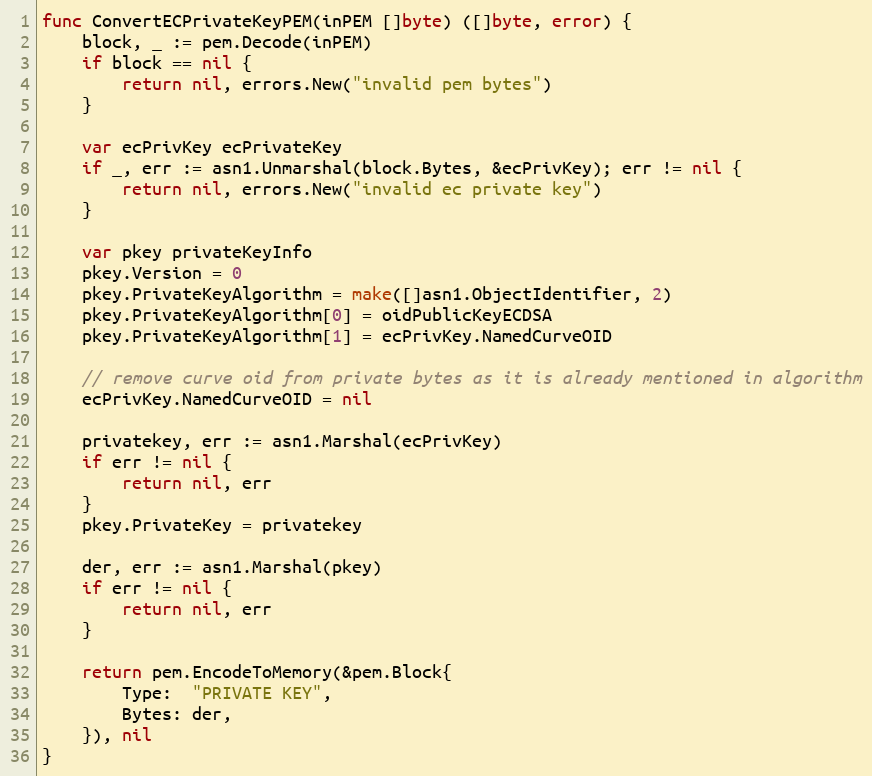
Language: Go
func ConvertECPrivateKeyPEM(inPEM []byte) ([]byte, error) {
	block, _ := pem.Decode(inPEM)
	if block == nil {
		return nil, errors.New("invalid pem bytes")
	}

	var ecPrivKey ecPrivateKey
	if _, err := asn1.Unmarshal(block.Bytes, &ecPrivKey); err != nil {
		return nil, errors.New("invalid ec private key")
	}

	var pkey privateKeyInfo
	pkey.Version = 0
	pkey.PrivateKeyAlgorithm = make([]asn1.ObjectIdentifier, 2)
	pkey.PrivateKeyAlgorithm[0] = oidPublicKeyECDSA
	pkey.PrivateKeyAlgorithm[1] = ecPrivKey.NamedCurveOID

	// remove curve oid from private bytes as it is already mentioned in algorithm
	ecPrivKey.NamedCurveOID = nil

	privatekey, err := asn1.Marshal(ecPrivKey)
	if err != nil {
		return nil, err
	}
	pkey.PrivateKey = privatekey

	der, err := asn1.Marshal(pkey)
	if err != nil {
		return nil, err
	}

	return pem.EncodeToMemory(&pem.Block{
		Type:  "PRIVATE KEY",
		Bytes: der,
	}), nil
}